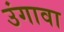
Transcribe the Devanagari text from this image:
उंगावा